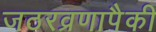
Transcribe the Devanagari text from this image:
जठरव्रणापैकी